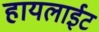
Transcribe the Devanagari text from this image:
हायलाईट